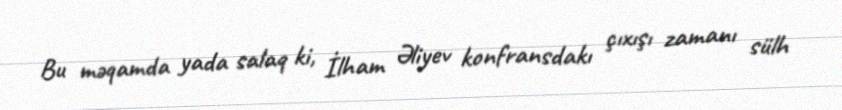
Bu məqamda yada salaq ki, İlham Əliyev konfransdakı çıxışı zamanı sülh